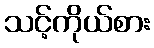
သင့်ကိုယ်စား